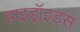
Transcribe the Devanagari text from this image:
हाइड्रॉइड्स